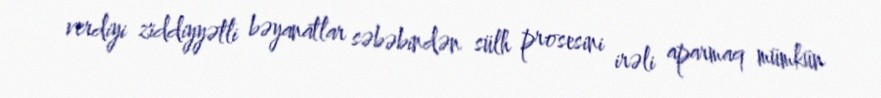
verdiyi ziddiyyətli bəyanatlar səbəbindən sülh prosesini irəli aparmaq mümkün